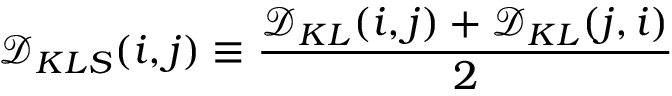
\mathcal { D } _ { K L S } ( i , j ) \equiv \frac { \mathcal { D } _ { K L } ( i , j ) + \mathcal { D } _ { K L } ( j , i ) } { 2 }